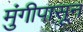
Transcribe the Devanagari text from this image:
मुंगीपासून